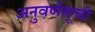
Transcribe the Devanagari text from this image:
अनुवर्णसूची